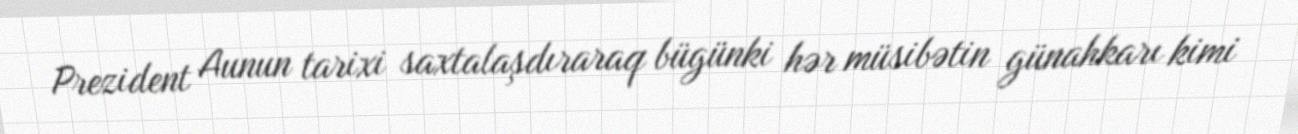
Prezident Aunun tarixi saxtalaşdıraraq bügünki hər müsibətin günahkarı kimi